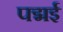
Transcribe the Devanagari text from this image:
पद्मई